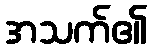
အသက်၏